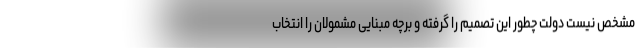
مشخص نیست دولت چطور این تصمیم را گرفته و برچه مبنایی مشمولان را انتخاب